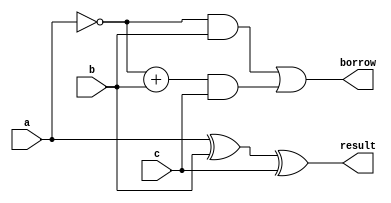
module full_sub(input a,b,c, output result,borrow);

assign result= a ^ b ^ c;
assign borrow = (~a & b)|((~a + b)&c);
endmodule

//test bench

module full_sub_tb;

reg a,b,c;
wire result,borrow;

full_sub fs(.a(a),.b(b),.c(c),.result(result),.borrow(borrow));

initial begin

a=0; b=0; c=0; #10;

a=0; b=0; c=1; #10;

a=0; b=1; c=0; #10;

a=0; b=1; c=1; #10;

a=1; b=0; c=0; #10;

a=1; b=0; c=1; #10;

a=0; b=1; c=1; #10;

a=1; b=1; c=1; #10;

end 

endmodule